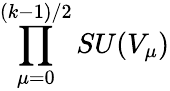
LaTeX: \prod_{\mu=0}^{(k-1)/2}SU(V_{\mu})